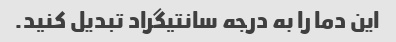
این دما را به درجه سانتیگراد تبدیل کنید.